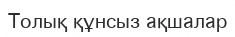
Толық құнсыз ақшалар